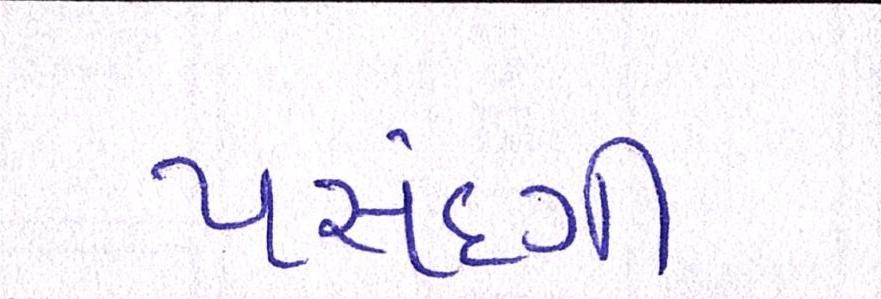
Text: પસંદગી